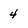
Character: 4